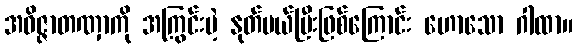
အဝိဇ္ဇာတဏှာကို အကြွင်းမဲ့ နုတ်ပယ်ပြီးဖြစ်ကြောင်း ဟောသော ဂါထာ။